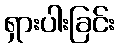
ရှားပါးခြင်း